Leningradi_Edasi_toimetus, lk 187
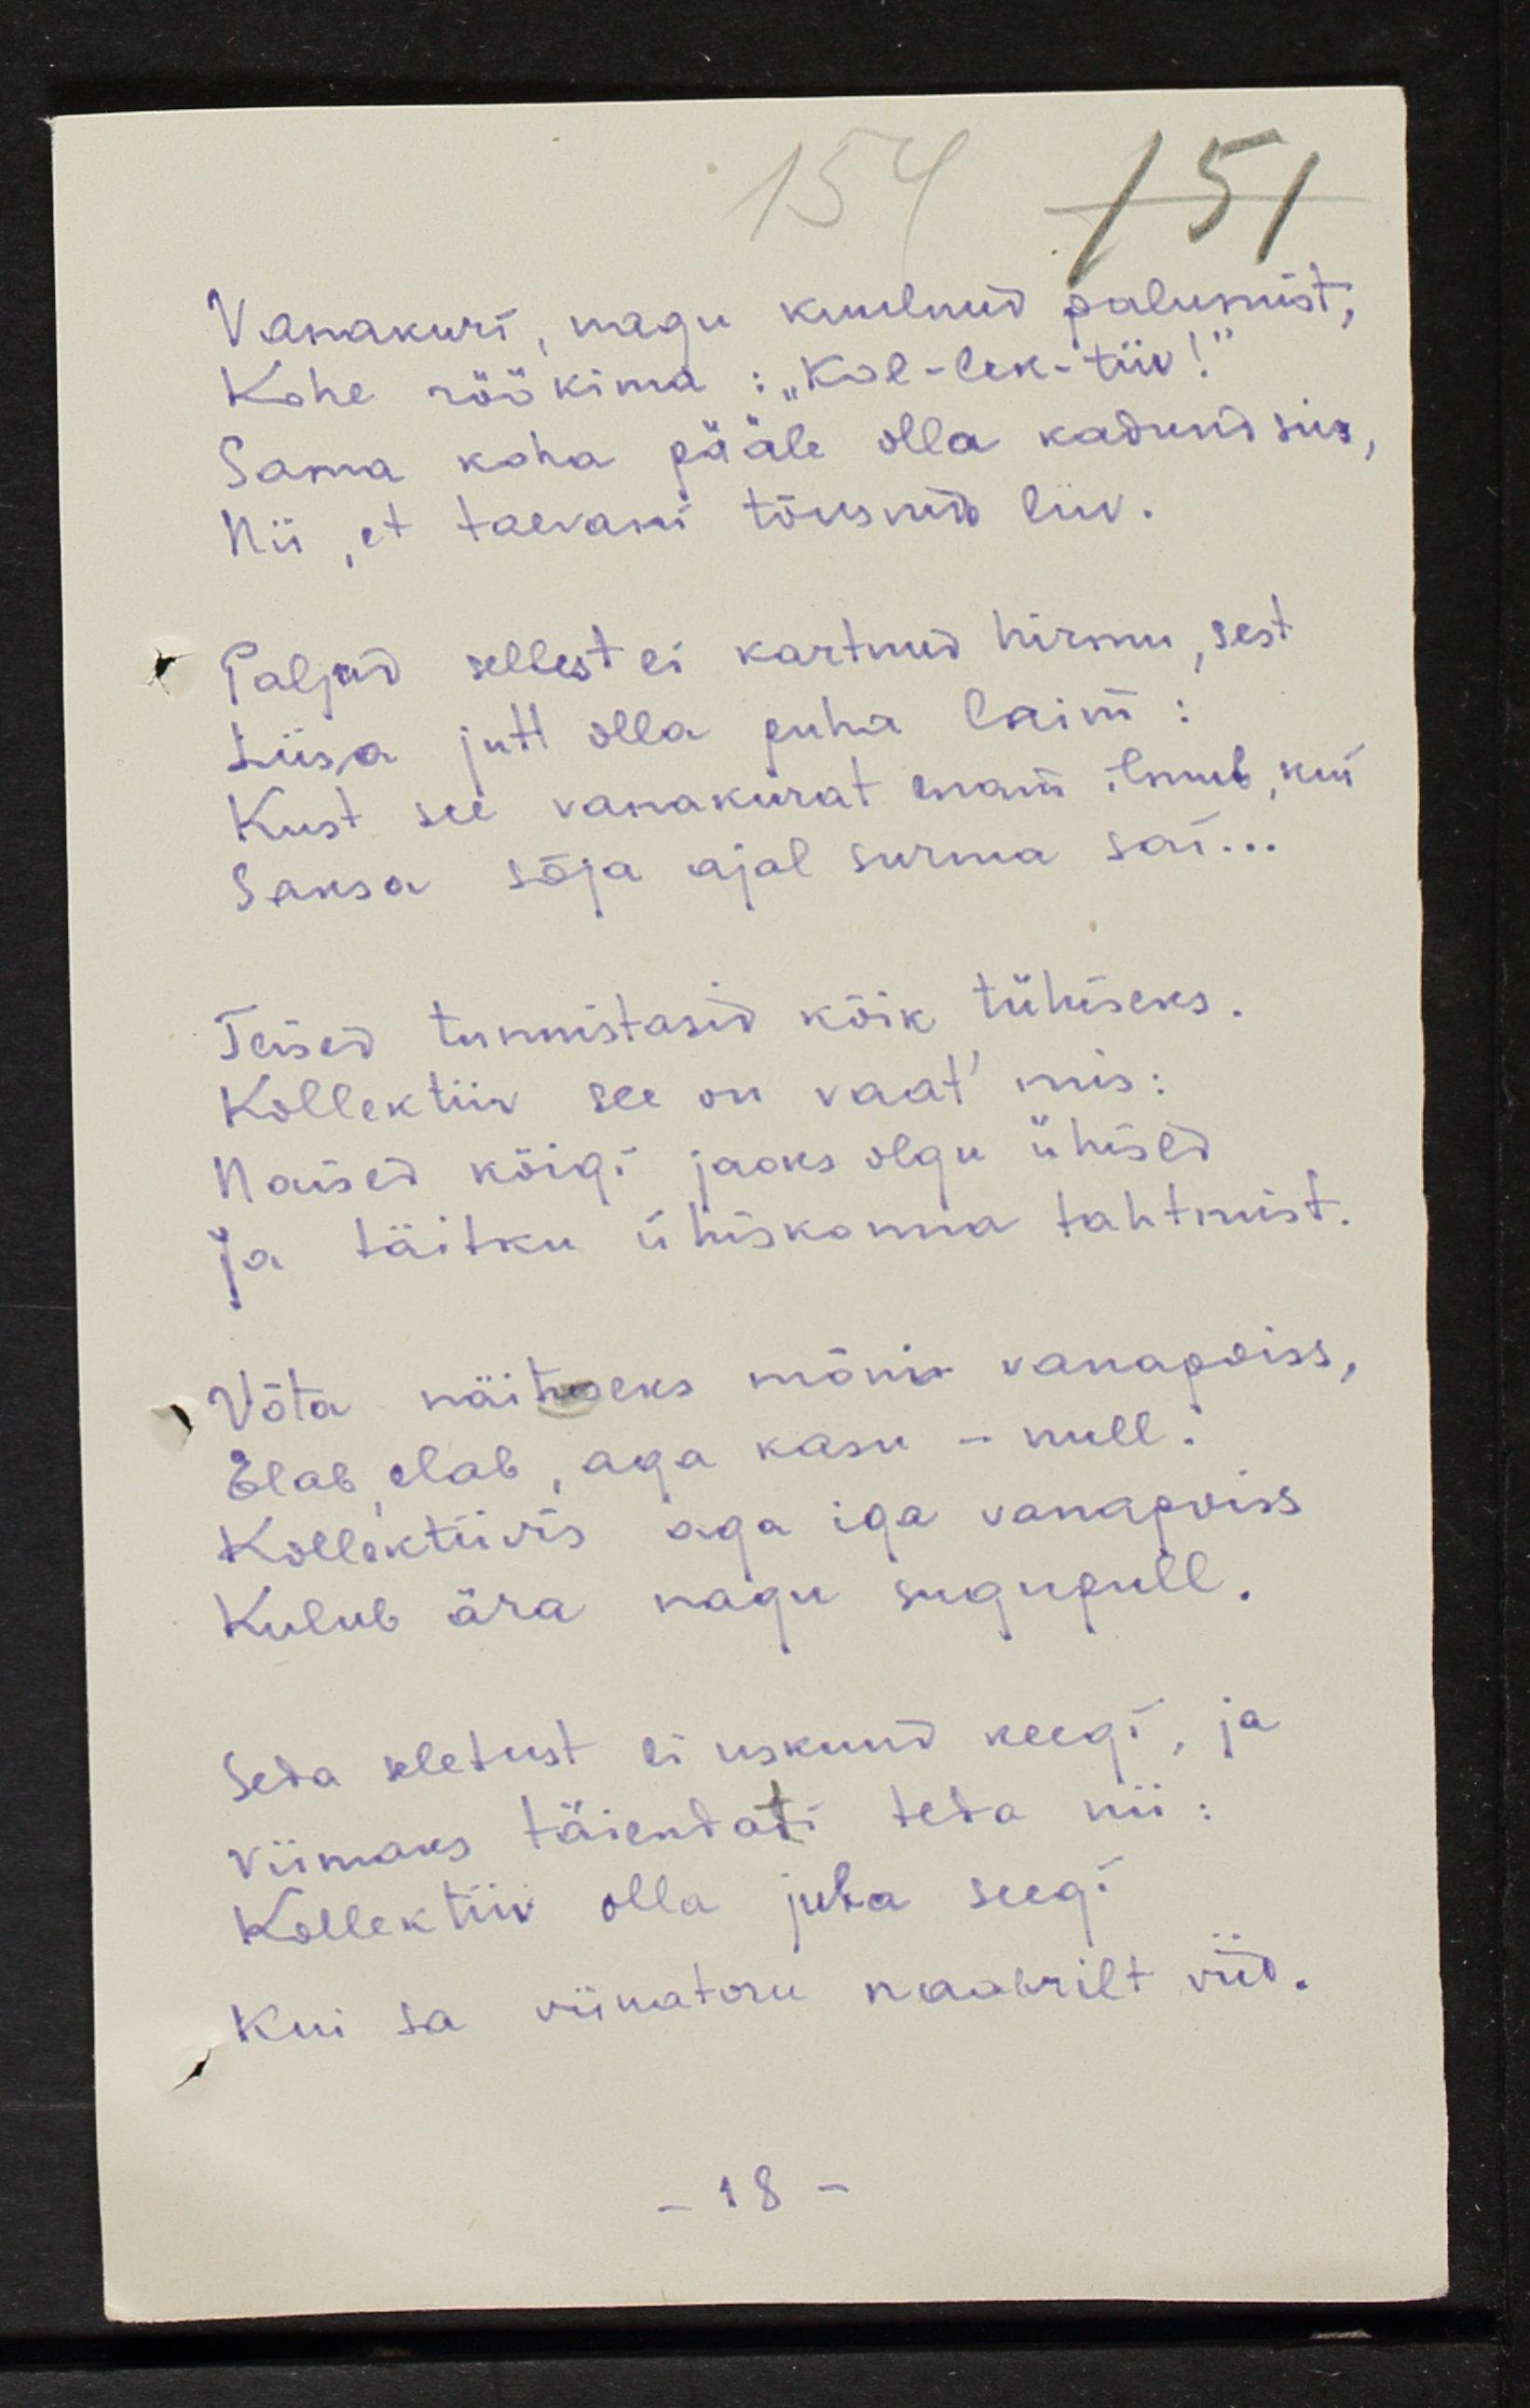
Vanakuri, nagu kuulnud palumist;
Kohe röökima: "Kol-lek-tiiv!"
Sama koha pääle olla kadund siis,
Nii, et taevani tõusnud liiv.
Paljud sellest ei kartnud hirmu, sest
Liisa jutt olla puha laim:
Kust see vanakurat enam ilmub, kui 
Saksa sõja ajal surma sai...
Teised tunnistasid kõik tühiseks.
Kollektiiv see on vaat' mis:
Naised kõigi jaoks olgu ühised
Ja täitku ühiskonna tahtmist.
Võta näituseks mõni vanapoiss,
Elab, elab, aga kasu - null.
Kollektiivis aga iga vanapoiss 
Kulub ära nagu sugupull.
Seda seletust ei uskunud keegi, ja
Viimaks täiendati teda nii:
Kollektiiv olla juba seegi
Kui sa viinatoru naabritelt viid.